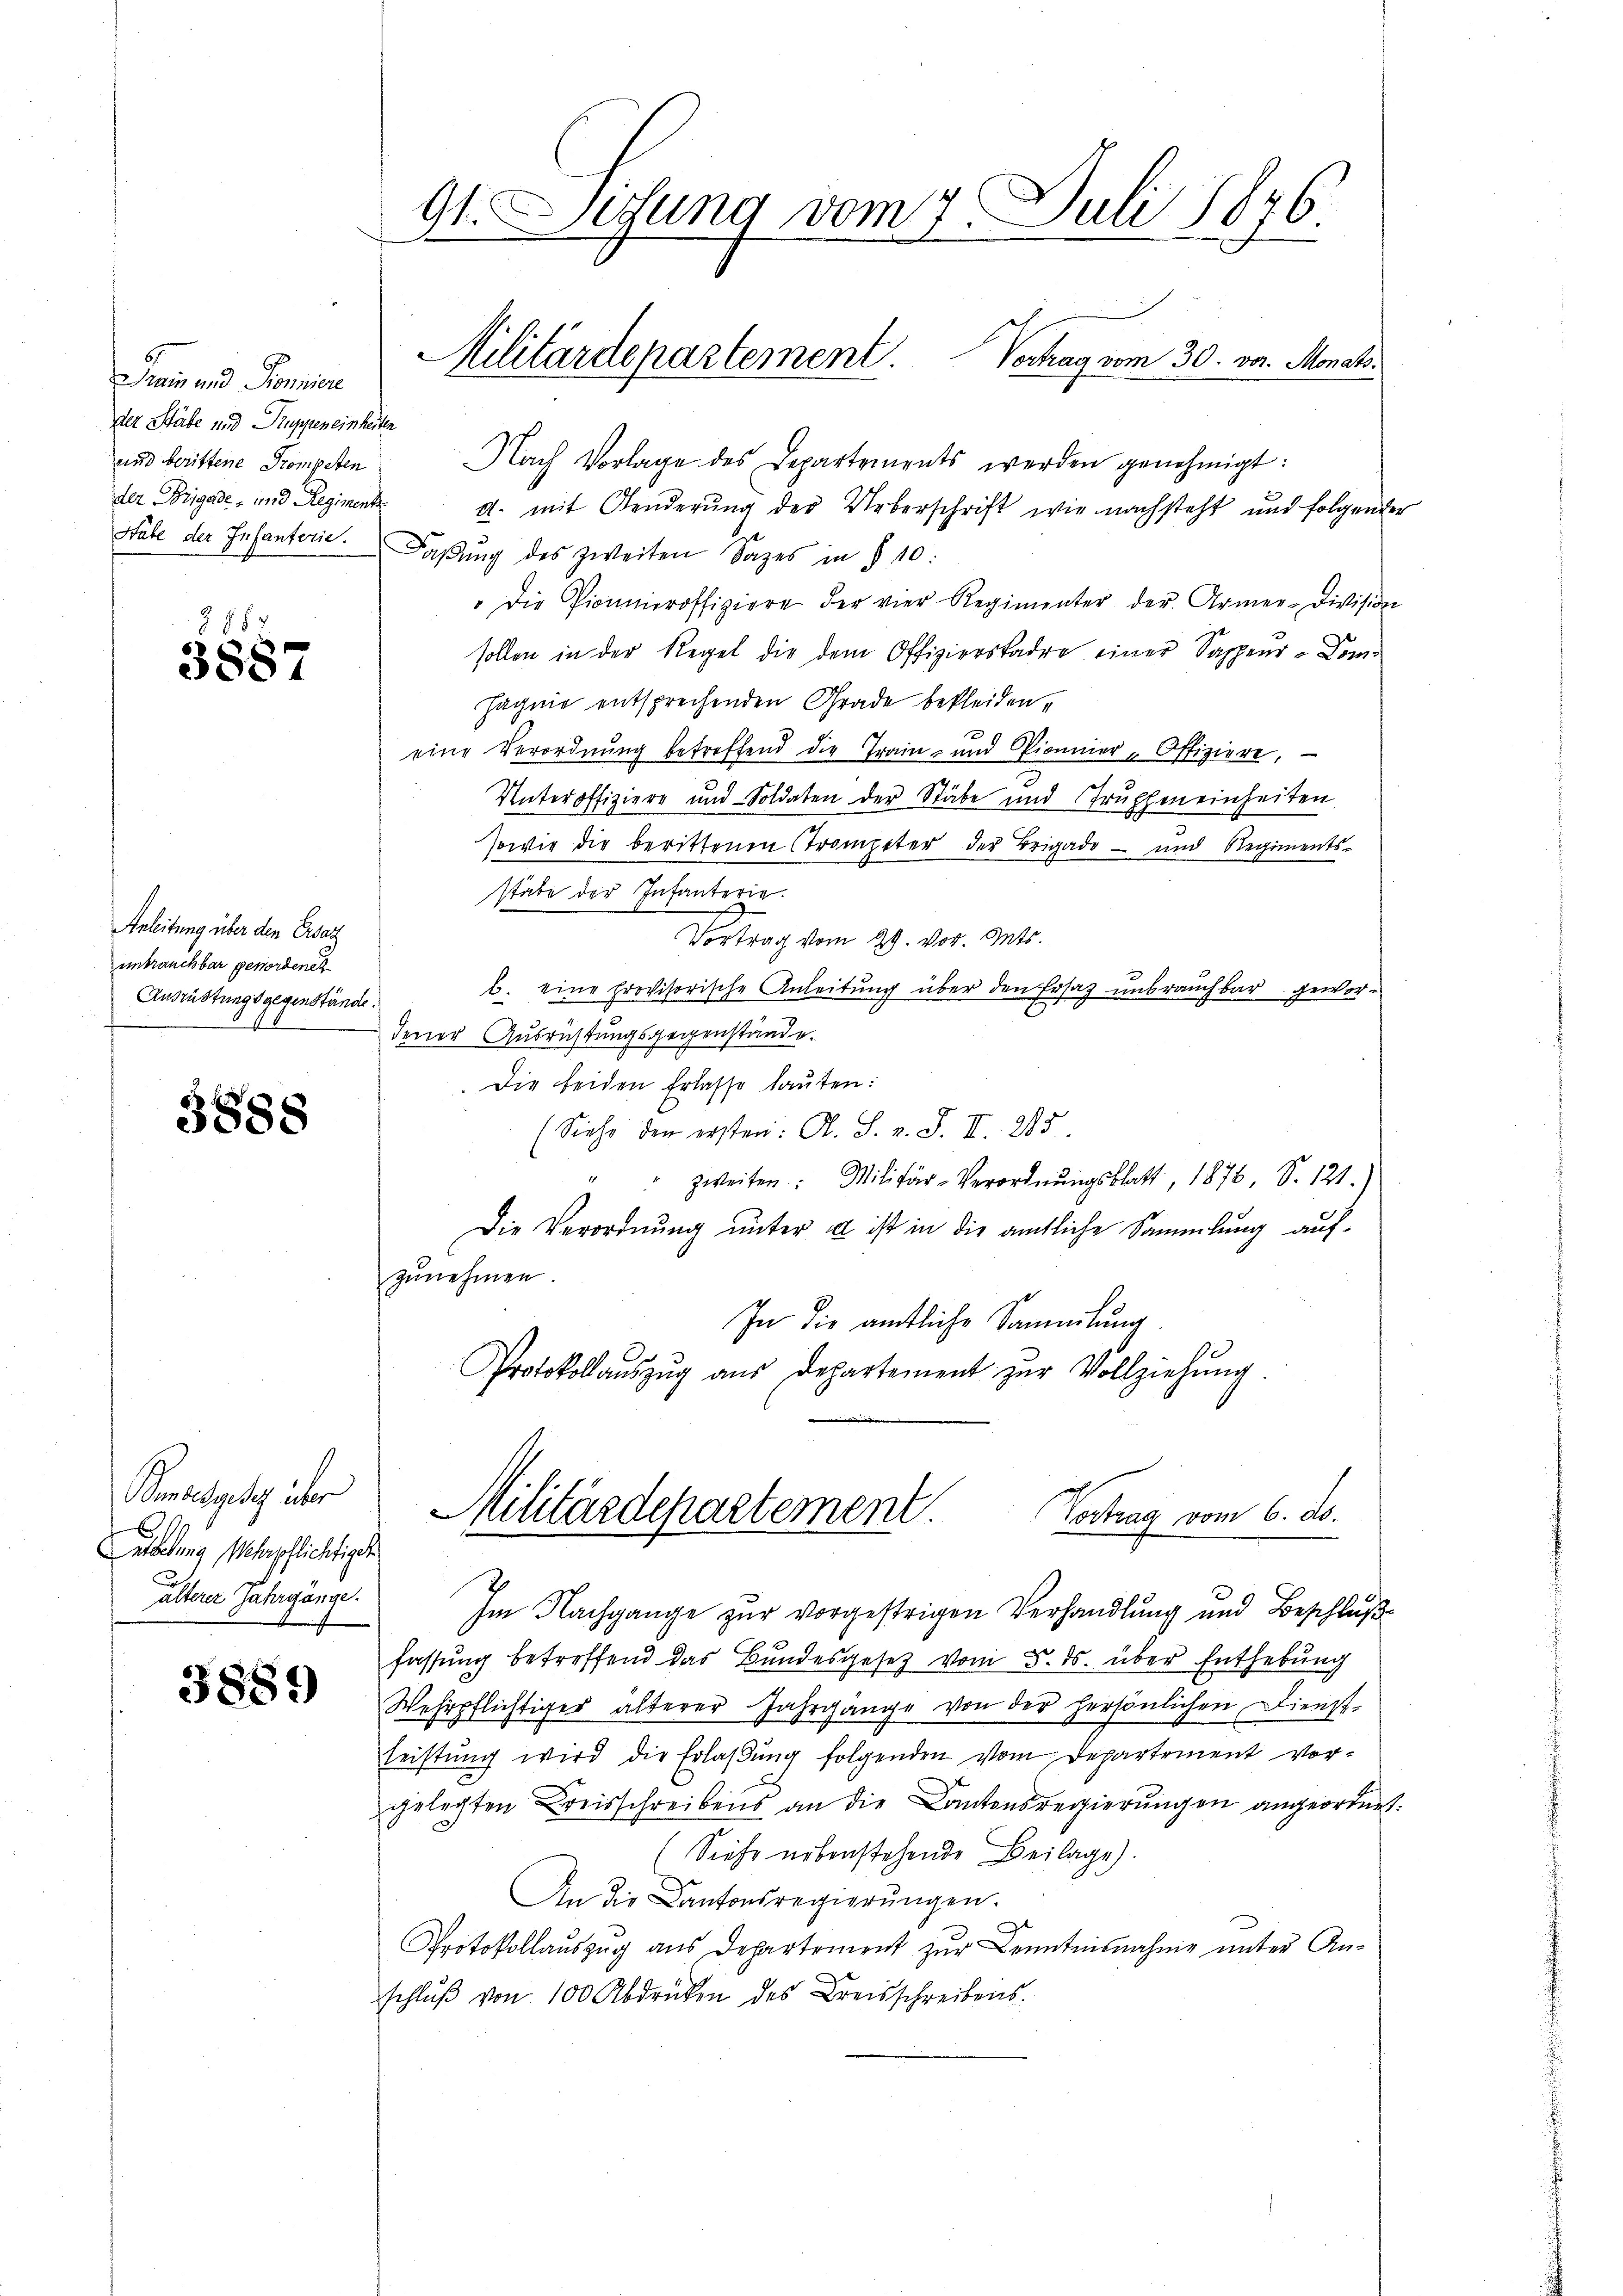
rerin und Promie
der Stäbe und Truppeneinheiten
und berittene Trompeten
der Brigade- und Regimente

G. § 7
3887

Anleitung über den Ersatz
unbrauchbar gewordene
Ausrüstungsgegenstände.

3888.

Bundesgesez über
Abelung Wehrpflichtiget
älterer Jahrgänge.

3889)

91. Lesung vom 7. Juli 1876.
Militärdepartement. Vertrag vom 30. vor. Monat.

Nach Vorlage des Departements werden genehmigt:
d. mit Aenderung der Ueberschrift wie nachsteht und folgend
Stäbe der Infanterie. Faßung des zweiten Satzes in § 10:
" die Pionieroffiziere der vier Regimenter der Armee-Division
sollen in der Regel die dem Offizierskadre einer Sappen-Com¬
Jagnie entsprechenden Grade bekleiden,
eine Verordnung betreffend die Train- und Pionier-Offiziere,
Unteroffiziere und Soldaten der Stäbe und Trupheneinheiten
sowie die berittenen Strompeter der Brigade – und Regiments-
stäbe der Infanterie.
Vortrag vom 29. vor. Mts.
b. eine provisorische Anleitung über den Ersatz unbrauchbar gewor¬
Jener Ausrüstungsgegenstände.
Die beiden Erlasse lauten:
(Siehe den ersten: A. S. v. J. II. 975
17
" zweiten: Militär-Verordnŭngsblatt, 1876, S. 121.)
Die Verordnung unter  ist in die ämtliche Sammlung aufzunehmen
In die amtliche Sammlung.
Protokollaŭszŭg aŭs Departement zŭr Vollziehŭng
Militärdepartement.
Vortrag vom 6. ds.

Im Nachgange zur vorgestrigen Verhandlung und Beschluß
fassung betreffend das Bundesgesetz vom 5. ds. über Enthebung
Wehrpflichtiger älterer Jahrgänge von der persönlichen Dienst-
Leistung wird die Erlaßung folgenden vom Departement vorgelegten Kreisschreibens an die Kantonsregierungen angeordne¬
(Siehe nebenstehende Beilage).
An die Kantonsregierungen.
Protokollauszug aus Departement zur Kenntnisnahme unter Anschluß von 100 Abdrücken des Kreisschreibens.